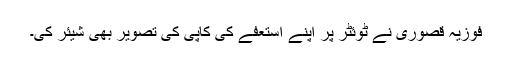
فوزیہ قصوری نے ٹوئٹر پر اپنے استعفے کی کاپی کی تصویر بھی شیئر کی۔